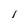
Character: l